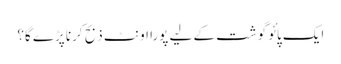
ایک پائو گوشت کے لیے پورا اونٹ ذبح کرنا پڑے گا؟